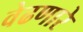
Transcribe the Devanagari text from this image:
वेढणारे